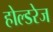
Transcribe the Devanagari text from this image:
होल्डरेज